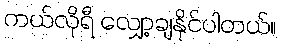
ကယ်လိုရီ လျှော့ချနိုင်ပါတယ်။